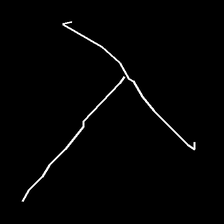
Glyph: column